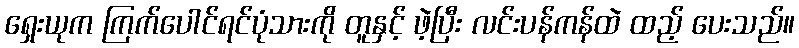
ရှေးယုက ကြက်ပေါင်ရင်ပုံသားကို တူနှင့် ဖဲ့ပြီး လင်းပန်ကန်ထဲ ထည့် ပေးသည်။